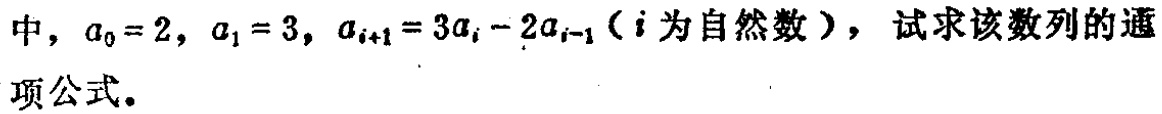
中，\(a_{0}=2\)，\(a_{1}=3\)，\(a_{i + 1}=3a_{i}-2a_{i - 1}\)（\(i\)为自然数），试求该数列的通项公式。